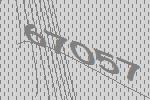
67057